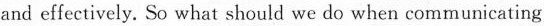
and effectively.So what should we do when communicating